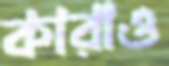
কারাও